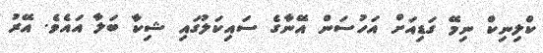
ކްލިނިކް ނިމޭ ގަޑިއަށް އަހުސަން އޭނާގެ ސައިކަލުގައި ޝިކާ ބަލާ އައެވެ. އޭރު